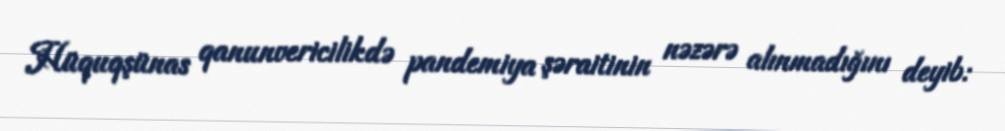
Hüquqşünas qanunvericilikdə pandemiya şəraitinin nəzərə alınmadığını deyib: